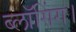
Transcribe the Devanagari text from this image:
ब्लॉगिंग।